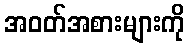
အဝတ်အစားများကို